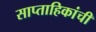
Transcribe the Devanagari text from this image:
साप्ताहिकांची